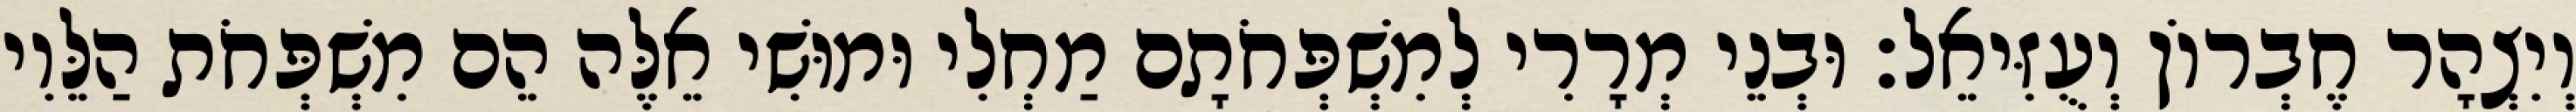
וְיִצְהָר חֶבְרוֹן וְעֻזִּיאֵל׃ וּבְנֵי מְרָרִי לְמִשְׁפְּחֹתָם מַחְלִי וּמוּשִׁי אֵלֶּה הֵם מִשְׁפְּחֹת הַלֵּוִי